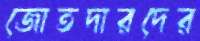
জোতদারদের